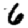
Digit: 6